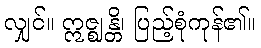
လျှင်။ ဣဇ္ဈန္တိ၊ ပြည့်စုံကုန်၏။